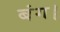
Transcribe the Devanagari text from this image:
बंग।